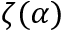
\zeta ( \alpha )